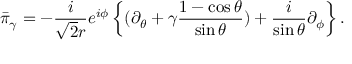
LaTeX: \bar { \pi } _ { \gamma } = - \frac { i } { \sqrt { 2 } r } e ^ { i \phi } \left\{ ( \partial _ { \theta } + \gamma \frac { 1 - \cos \theta } { \sin \theta } ) + \frac { i } { \sin \theta } \partial _ { \phi } \right\} .